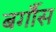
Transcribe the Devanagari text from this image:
बर्गौस